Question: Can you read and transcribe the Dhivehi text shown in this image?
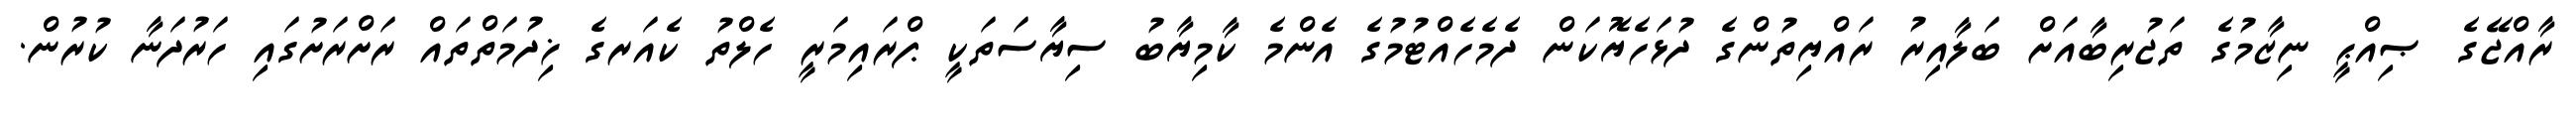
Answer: ރާއްޖޭގެ ޞިއްޙީ ނިޒާމުގެ ތަޖުރިބާއަށް ބަލާއިރު ރައްޔިތުންގެ ދުޅަހެޔޮކަން ދެމެހެއްޓުމުގެ އެންމެ ކާމިޔާބު ސިޔާސަތަކީ ޕްރައިމަރީ ހެލްތު ކެއަރގެ ޚިދުމަތްތައް ރަށްރަށުގައި ހަރުދަނާ ކުރުން.